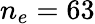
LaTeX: n_{e}=63